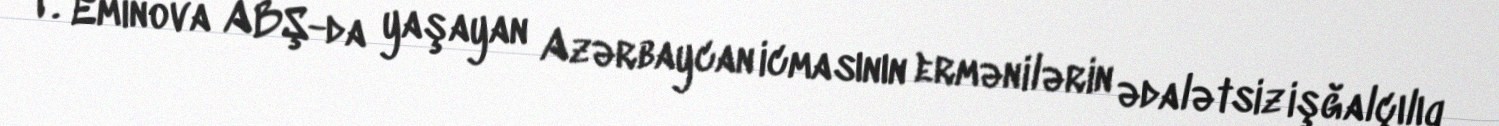
T. Eminova ABŞ-da yaşayan Azərbaycan icmasının ermənilərin ədalətsiz işğalçılıq